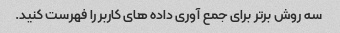
سه روش برتر برای جمع آوری داده های کاربر را فهرست کنید.